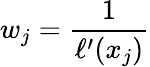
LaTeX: w_{j}={\frac{1}{\ell^{\prime}(x_{j})}}